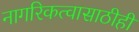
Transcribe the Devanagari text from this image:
नागरिकत्वासाठीही